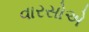
વારસોએ